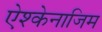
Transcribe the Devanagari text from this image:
ऐश्केनाजिम